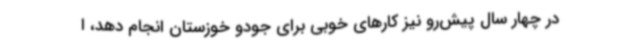
در چهار سال پیش‌رو نیز کارهای خوبی برای جودو خوزستان انجام دهد، ا